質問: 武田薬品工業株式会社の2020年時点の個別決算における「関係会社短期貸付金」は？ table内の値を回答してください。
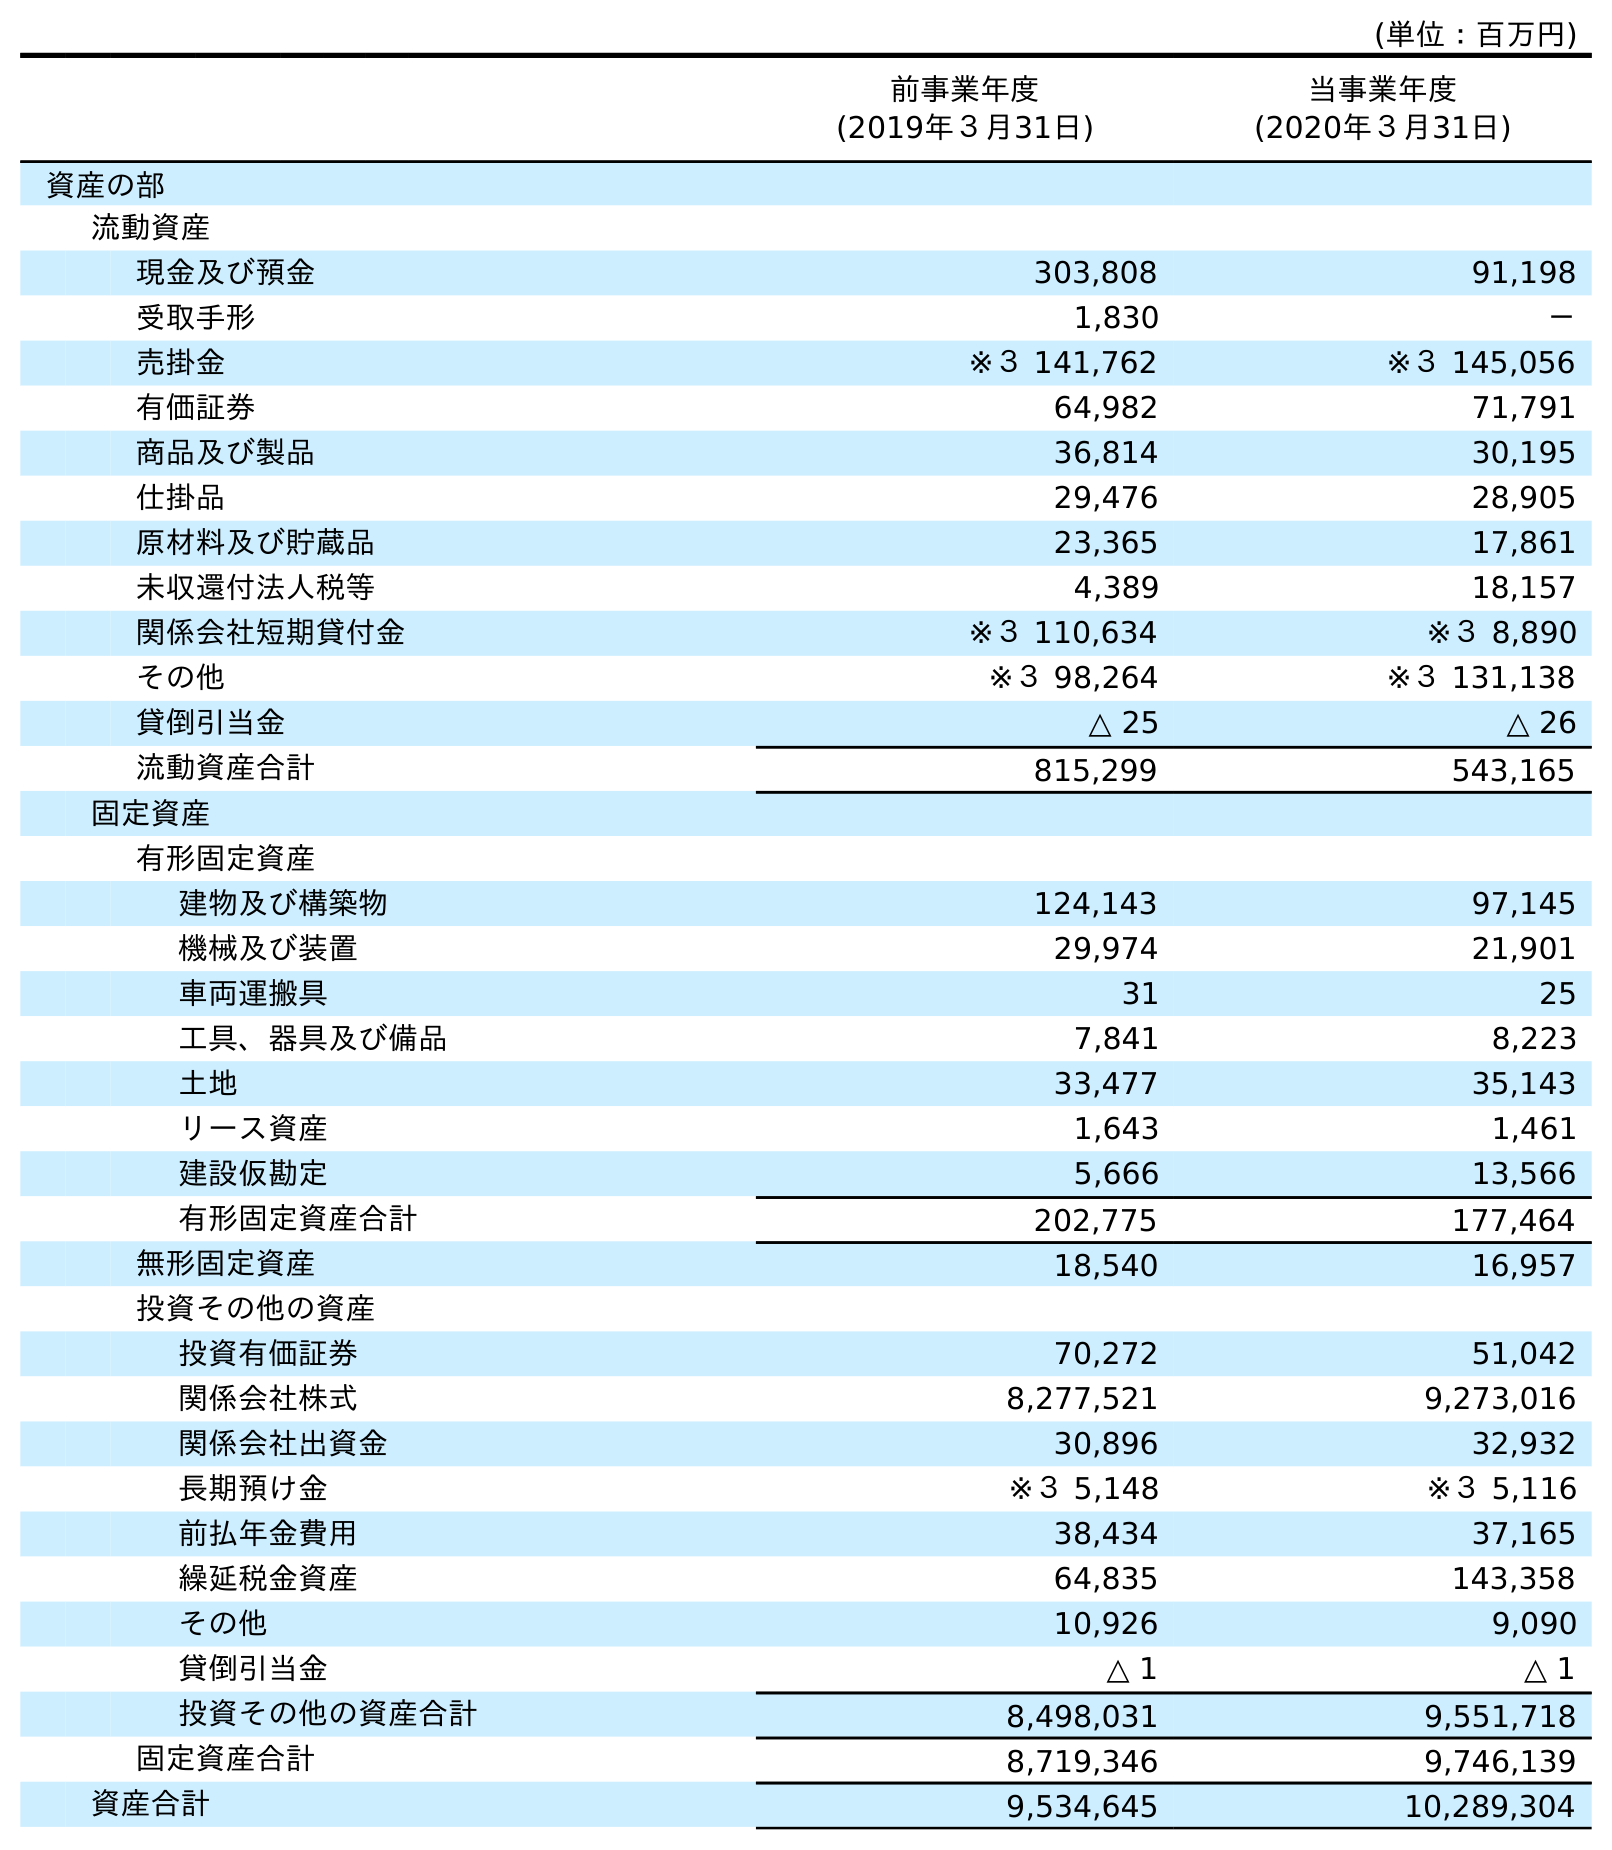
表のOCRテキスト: (単位：百万円) 前事業年度 (2019年３月31日) 当事業年度 (2020年３月31日) 資産の部 流動資産 現金及び預金 303,808 91,198 受取手形 1,830 － 売掛金 ※３ 141,762 ※３ 145,056 有価証券 64,982 71,791 商品及び製品 36,814 30,195 仕掛品 29,476 28,905 原材料及び貯蔵品 23,365 17,861 未収還付法人税等 4,389 18,157 関係会社短期貸付金 ※３ 110,634 ※３ 8,890 その他 ※３ 98,264 ※３ 131,138 貸倒引当金 △ 25 △ 26 流動資産合計 815,299 543,165 固定資産 有形固定資産 建物及び構築物 124,143 97,145 機械及び装置 29,974 21,901 車両運搬具 31 25 工具、器具及び備品 7,841 8,223 土地 33,477 35,143 リース資産 1,643 1,461 建設仮勘定 5,666 13,566 有形固定資産合計 202,775 177,464 無形固定資産 18,540 16,957 投資その他の資産 投資有価証券 70,272 51,042 関係会社株式 8,277,521 9,273,016 関係会社出資金 30,896 32,932 長期預け金 ※３ 5,148 ※３ 5,116 前払年金費用 38,434 37,165 繰延税金資産 64,835 143,358 その他 10,926 9,090 貸倒引当金 △ 1 △ 1 投資その他の資産合計 8,498,031 9,551,718 固定資産合計 8,719,346 9,746,139 資産合計 9,534,645 10,289,304
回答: ※３8,890